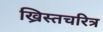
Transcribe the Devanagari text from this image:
ख्रिस्तचरित्र